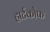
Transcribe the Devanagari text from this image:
हार्टकोफ